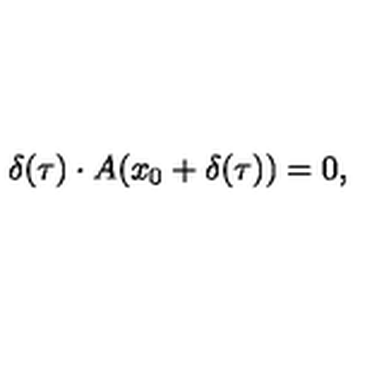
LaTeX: \delta ( \tau ) \cdot A ( x _ { 0 } + \delta ( \tau ) ) = 0 ,